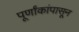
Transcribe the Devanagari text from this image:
पूर्णांकांपासून